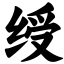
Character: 绶